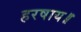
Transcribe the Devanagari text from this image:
हरषाय॥